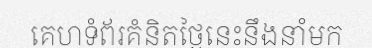
គេហទំព័រគំនិតថ្ងៃនេះនឹងនាំមក